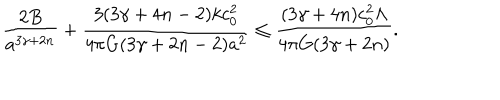
{ \frac { 2 B } { a ^ { 3 \gamma + 2 n } } } + { \frac { 3 ( 3 \gamma + 4 n - 2 ) k c _ { 0 } ^ { 2 } } { 4 \pi G ( 3 \gamma + 2 n - 2 ) a ^ { 2 } } } \leq { \frac { ( 3 \gamma + 4 n ) c _ { 0 } ^ { 2 } \Lambda } { 4 \pi G ( 3 \gamma + 2 n ) } } .